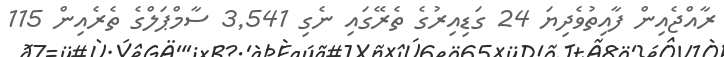
ރާއްޖެއިން ފާއިތުވެދިޔަ 24 ގަޑިއިރުގެ ތެރޭގައި ނެގި 3